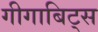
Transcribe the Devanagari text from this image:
गीगाबिट्स